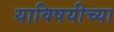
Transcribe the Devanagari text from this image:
याविषयीच्या